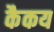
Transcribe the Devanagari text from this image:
कैकय